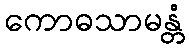
ကောဓသာမန္တံ